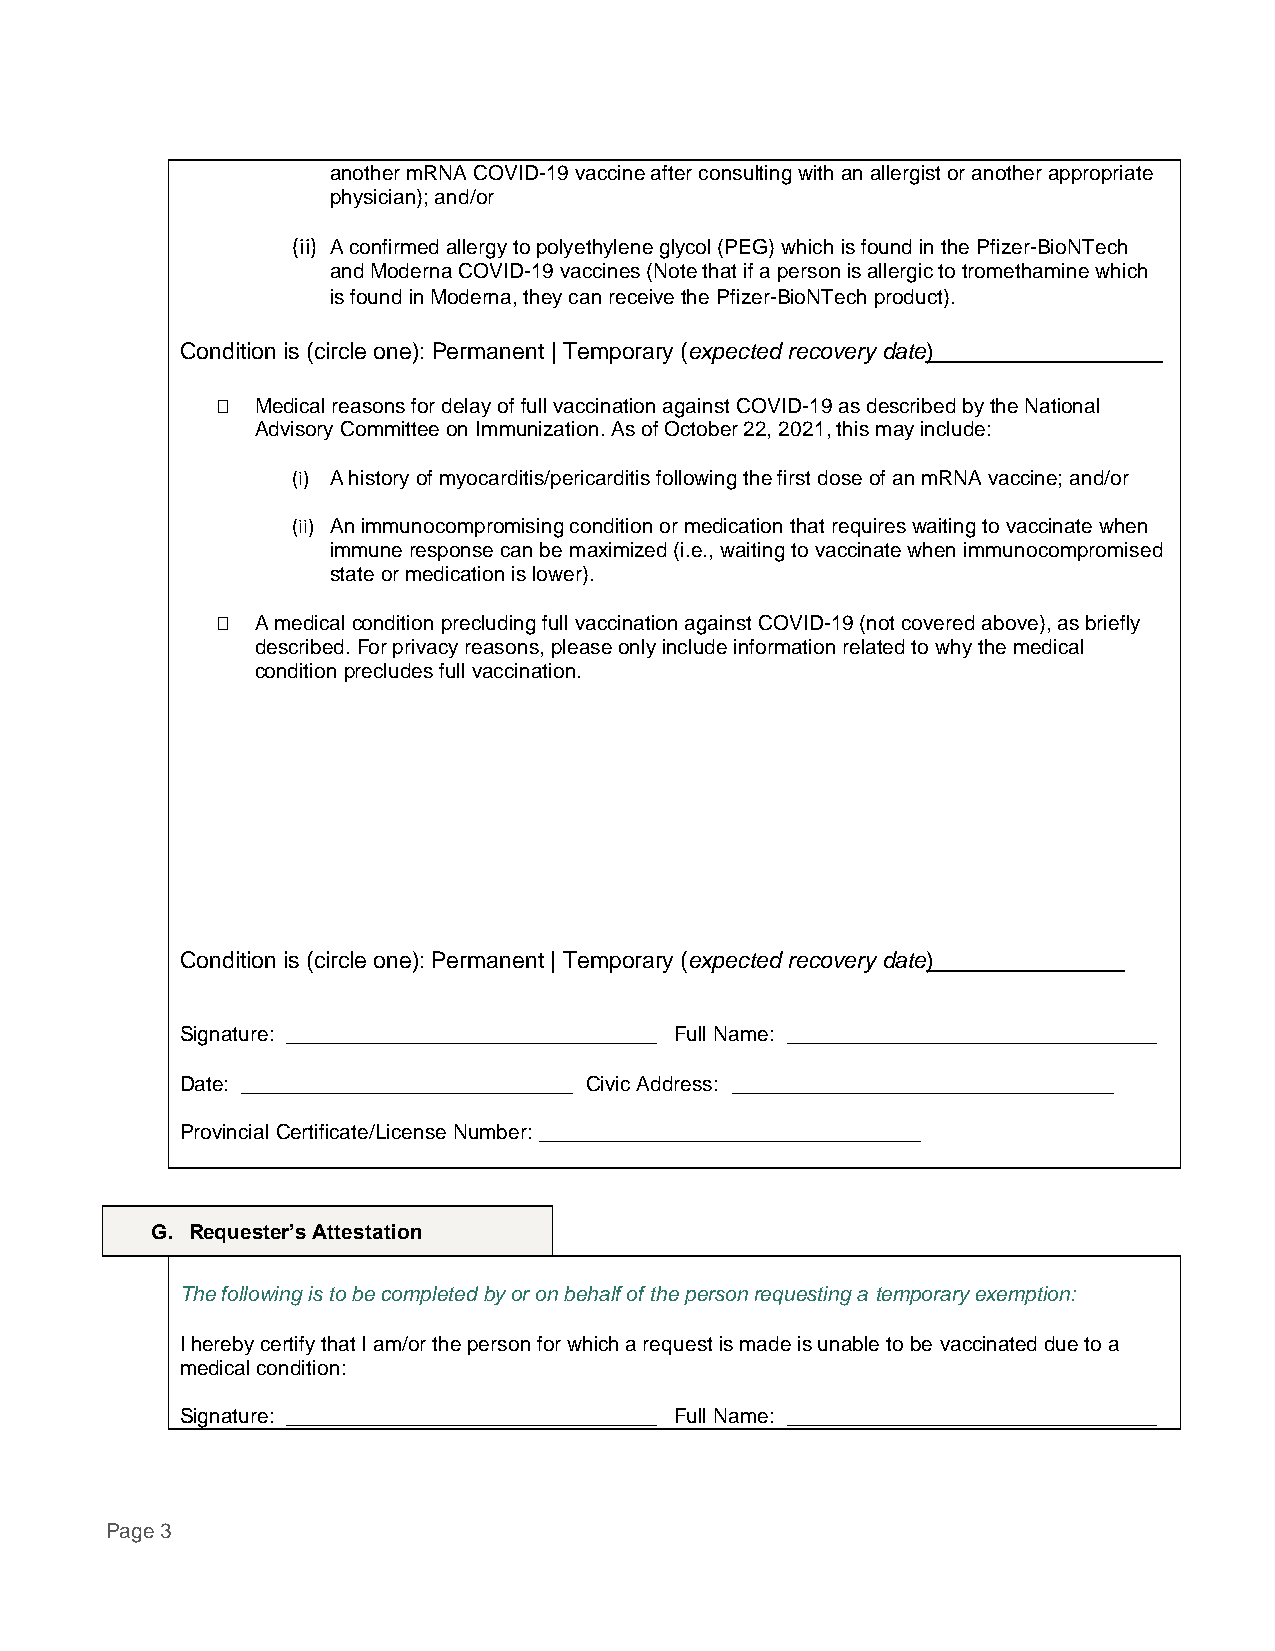
another mRNA COVID-19 vaccine after consulting with an allergist or another appropriate
 physician); and/or
 (ii) A confirmed allergy to polyethylene glycol (PEG) which is found in the Pfizer-BioNTech
 and Moderna COVID-19 vaccines (Note that if a person is allergic to tromethamine which
 is found in Moderna, they can receive the Pfizer-BioNTech product).
 Condition is (circle one): Permanent | Temporary (expected recovery date)__________________
   Medical reasons for delay of full vaccination against COVID-19 as described by the National
 Advisory Committee on Immunization. As of October 22, 2021, this may include:
 (i) A history of myocarditis/pericarditis following the first dose of an mRNA vaccine; and/or
 (ii) An immunocompromising condition or medication that requires waiting to vaccinate when
 immune response can be maximized (i.e., waiting to vaccinate when immunocompromised
 state or medication is lower).
   A medical condition precluding full vaccination against COVID-19 (not covered above), as briefly
 described. For privacy reasons, please only include information related to why the medical
 condition precludes full vaccination.
 Condition is (circle one): Permanent | Temporary (expected recovery date)_______________
 Signature: ________________________________ Full Name: ________________________________
 Date: __________________________ Civic Address: ______________________________
 Provincial Certificate/License Number: _________________________________
 G. Requester’s Attestation
 The following is to be completed by or on behalf of the person requesting a temporary exemption:
 I hereby certify that I am/or the person for which a request is made is unable to be vaccinated due to a
 medical condition:
 Signature: ________________________________ Full Name: ________________________________
 Page 3